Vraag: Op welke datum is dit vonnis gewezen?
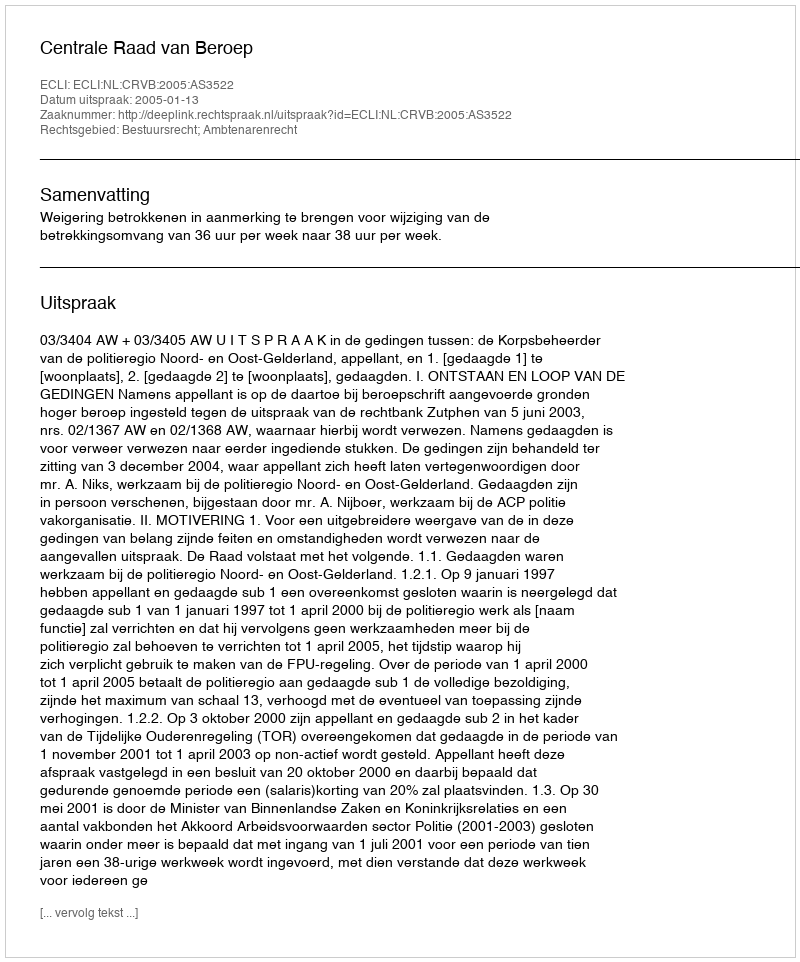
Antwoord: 2005-01-13